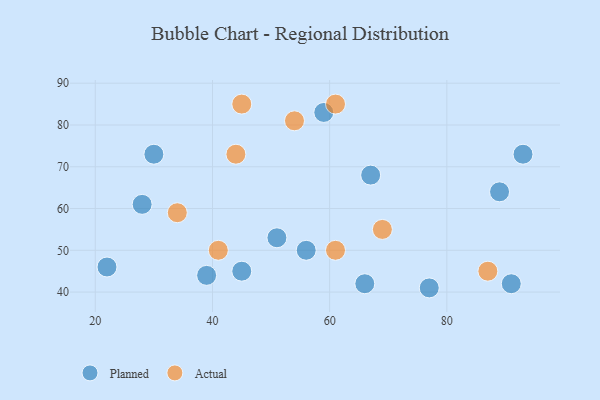
{"axis": {"x": "GDP", "y": "Life Expectancy"}, "legend": ["Actual", "Planned"], "data": [{"x": "30", "y": 73, "type": "Planned"}, {"x": "45", "y": 45, "type": "Planned"}, {"x": "67", "y": 68, "type": "Planned"}, {"x": "22", "y": 46, "type": "Planned"}, {"x": "51", "y": 53, "type": "Planned"}, {"x": "93", "y": 73, "type": "Planned"}, {"x": "91", "y": 42, "type": "Planned"}, {"x": "77", "y": 41, "type": "Planned"}, {"x": "66", "y": 42, "type": "Planned"}, {"x": "56", "y": 50, "type": "Planned"}, {"x": "89", "y": 64, "type": "Planned"}, {"x": "59", "y": 83, "type": "Planned"}, {"x": "28", "y": 61, "type": "Planned"}, {"x": "39", "y": 44, "type": "Planned"}, {"x": "45", "y": 85, "type": "Actual"}, {"x": "61", "y": 50, "type": "Actual"}, {"x": "61", "y": 85, "type": "Actual"}, {"x": "54", "y": 81, "type": "Actual"}, {"x": "87", "y": 45, "type": "Actual"}, {"x": "44", "y": 73, "type": "Actual"}, {"x": "34", "y": 59, "type": "Actual"}, {"x": "41", "y": 50, "type": "Actual"}, {"x": "69", "y": 55, "type": "Actual"}]}